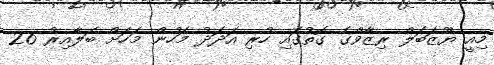
މިއީ ޔޫޒަބަލް ރިޒާވްގެ ގޮތުގައި ހުރި އަދަދު މަހުން މަހަށް ބަލާއިރު 26